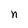
Character: n